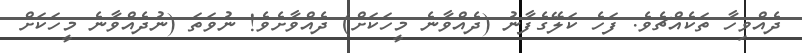
ދެއްވިހާ ތަކެއްޗެވެ. ފަހެ ކަލޭގެފާނު (ދެއްވާނެ މީހަކަށް) ދެއްވާށެވެ! ނުވަތަ (ނުދެއްވާނެ މީހަކަށް